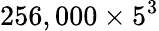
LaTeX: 256,000\times 5^{3}